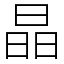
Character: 晶